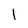
Character: l